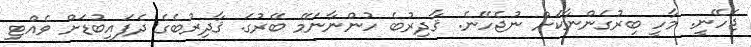
ޖެހޭނީ. މާހީ ބިރުގަންނާކަށް ނުޖެހޭނެ. ޤާދިރުބެ ހުންނާނަމޭ ބޭރުގަ. ޤާދިރުބެގެ ދެފައިބުޑަށް ވެއްޓި